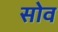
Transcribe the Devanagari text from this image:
सोव